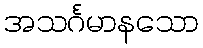
အသင်္ဂမာနသော